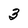
Character: 3